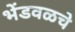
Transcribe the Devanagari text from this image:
भेंडवळचे